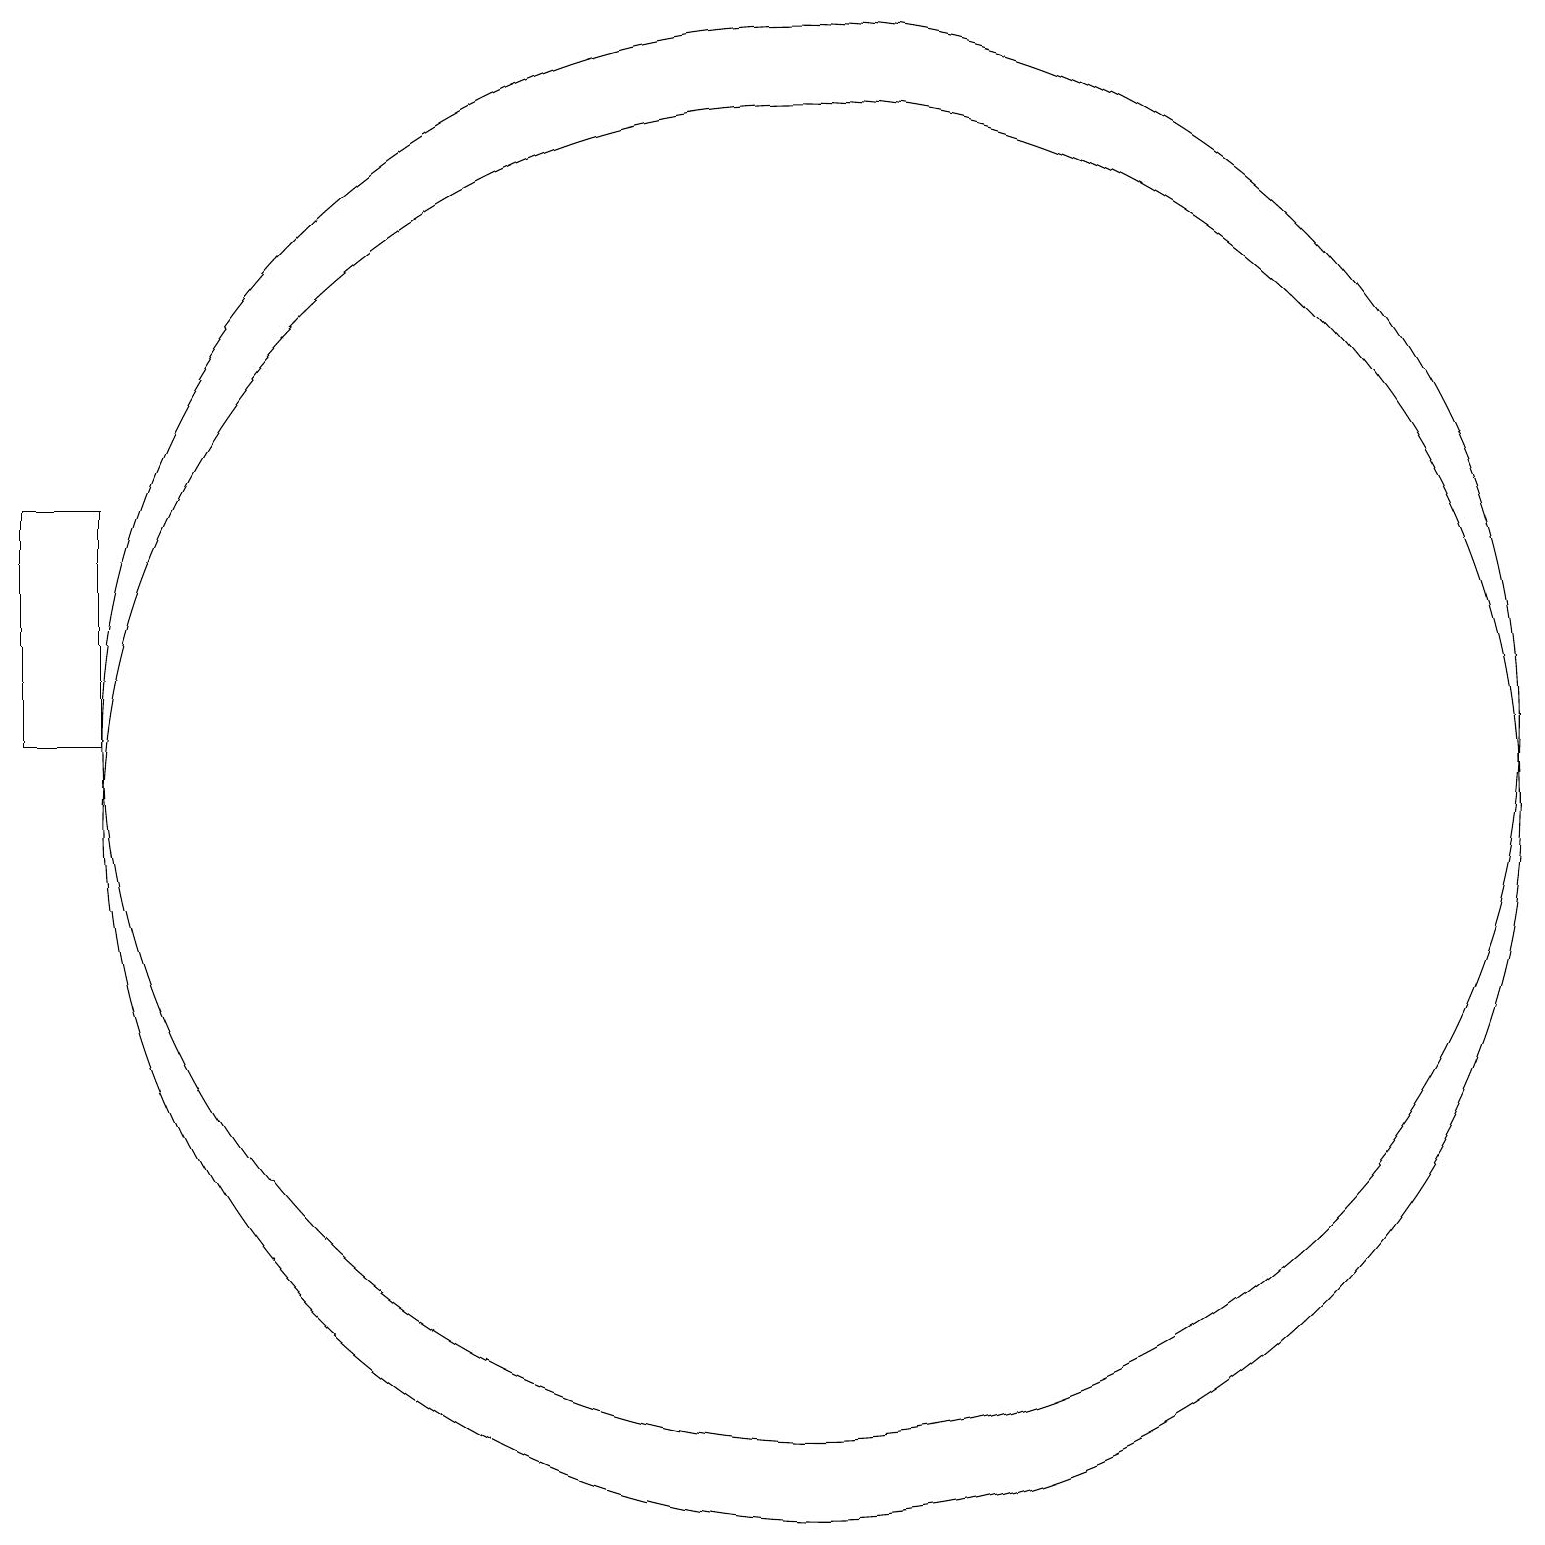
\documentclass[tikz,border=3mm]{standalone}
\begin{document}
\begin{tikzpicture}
\draw (10,11) circle (9);
\draw (10,10) circle (9);
\draw (1,11) rectangle (0,14);
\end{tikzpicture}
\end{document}